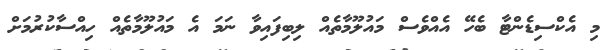
މި އެކްސިޑެންޓާ ބެހޭ އެއްވެސް މައުލޫމާތެއް ލިބިފައިވާ ނަމަ އެ މައުލޫމާތެއް ހިއްސާކުރުމަށް